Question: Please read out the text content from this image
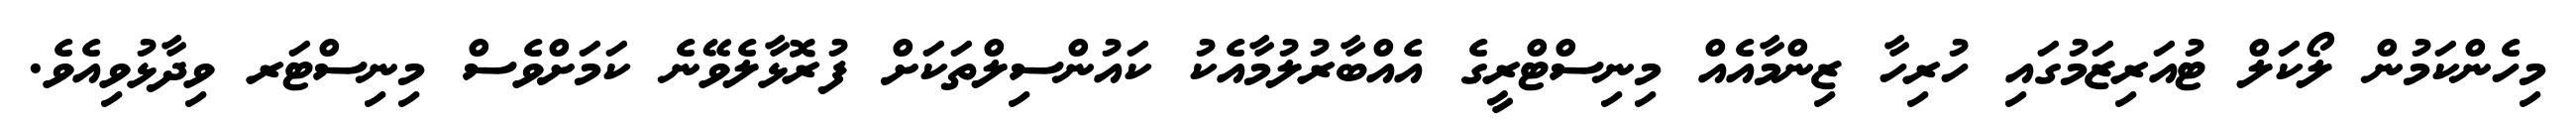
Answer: މިހެންކަމުން ލޯކަލް ޓުއަރިޒަމުގައި ހުރިހާ ޒިންމާއެއް މިނިސްޓްރީގެ އެއްބާރުލުމާއެކު ކައުންސިލްތަކަށް ފުރޮޅާލެވޭނެ ކަމަށްވެސް މިނިސްޓަރ ވިދާޅުވިއެވެ.